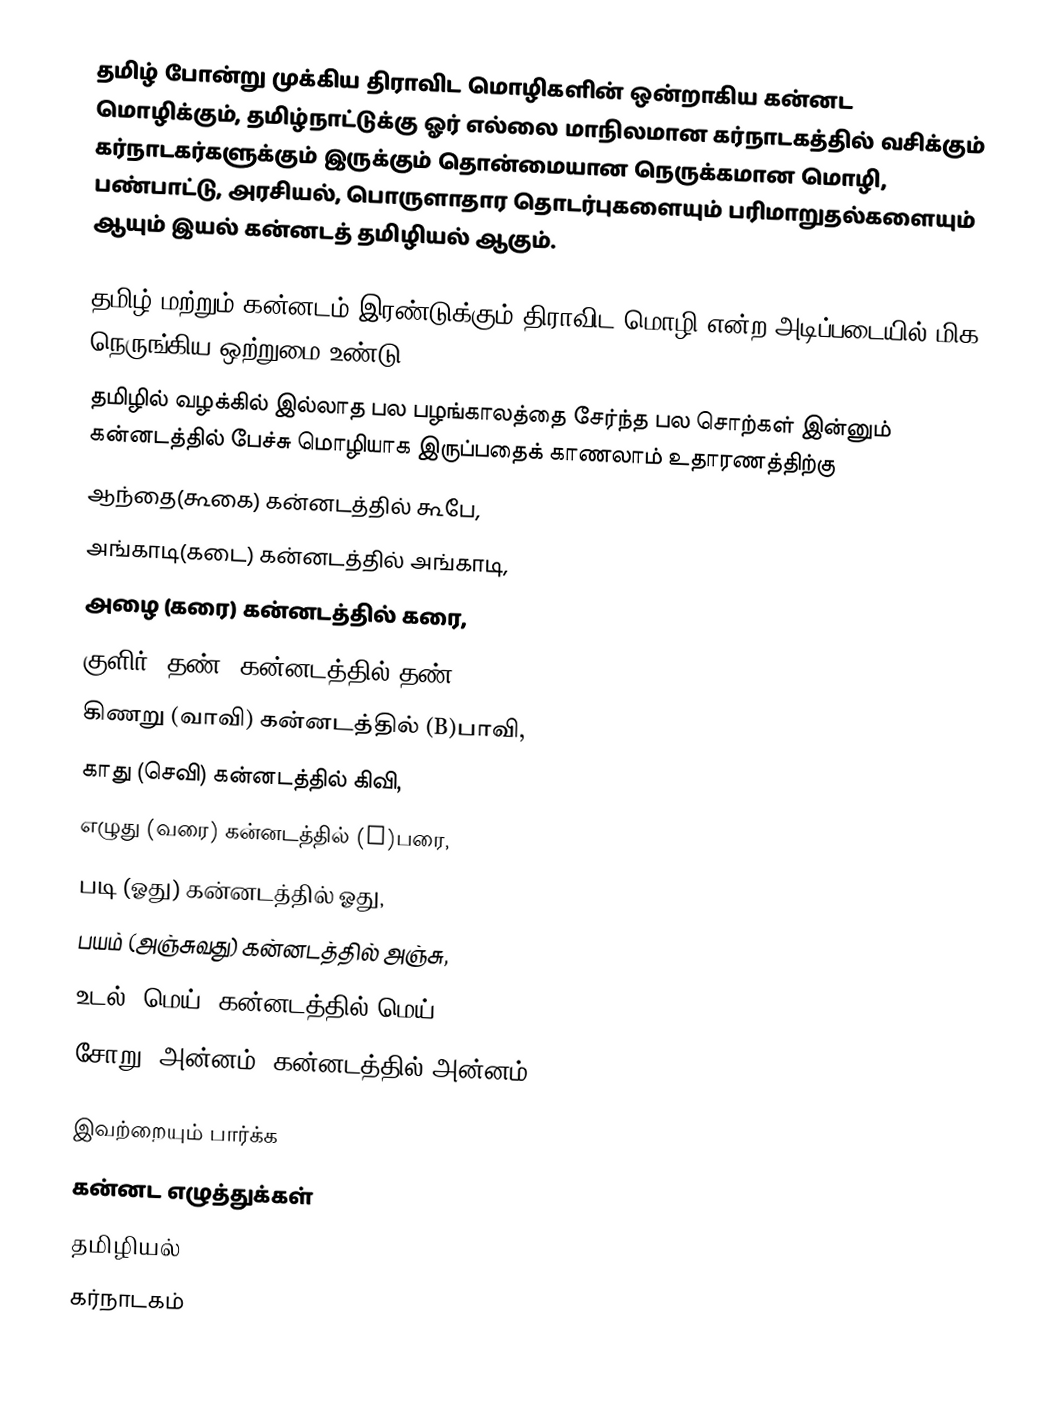
தமிழ் போன்று முக்கிய திராவிட மொழிகளின் ஒன்றாகிய கன்னட மொழிக்கும், தமிழ்நாட்டுக்கு ஓர் எல்லை மாநிலமான கர்நாடகத்தில் வசிக்கும் கர்நாடகர்களுக்கும் இருக்கும் தொன்மையான நெருக்கமான மொழி, பண்பாட்டு, அரசியல், பொருளாதார தொடர்புகளையும் பரிமாறுதல்களையும் ஆயும் இயல் கன்னடத் தமிழியல் ஆகும்.

தமிழ் மற்றும் கன்னடம் இரண்டுக்கும் திராவிட மொழி என்ற அடிப்படையில் மிக நெருங்கிய ஒற்றுமை உண்டு
தமிழில் வழக்கில் இல்லாத பல பழங்காலத்தை சேர்ந்த பல சொற்கள் இன்னும் கன்னடத்தில் பேச்சு மொழியாக இருப்பதைக் காணலாம் உதாரணத்திற்கு
ஆந்தை(கூகை) கன்னடத்தில் கூபே,
அங்காடி(கடை) கன்னடத்தில் அங்காடி,
அழை  (கரை) கன்னடத்தில் கரை,
குளிர்  (தண்) கன்னடத்தில் தண்,
கிணறு (வாவி) கன்னடத்தில் (B)பாவி,
காது  (செவி) கன்னடத்தில் கிவி,
எழுது (வரை) கன்னடத்தில் (B)பரை,
படி   (ஓது)  கன்னடத்தில் ஓது,
பயம் (அஞ்சுவது) கன்னடத்தில் அஞ்சு,
உடல் (மெய்) கன்னடத்தில் மெய்,
சோறு (அன்னம்) கன்னடத்தில் அன்னம்,

இவற்றையும் பார்க்க
 கன்னட எழுத்துக்கள்
தமிழியல்
கர்நாடகம்